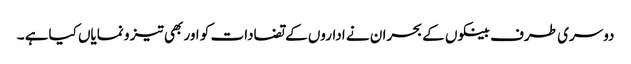
دوسری طرف بینکوں کے بحران نے اداروں کے تضادات کو اور بھی تیز و نمایاں کیاہے ۔